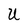
Character: U